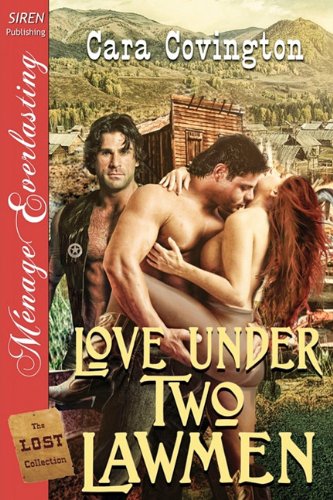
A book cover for Love Under Two Lawmen [The Lost Collection] (Siren Publishing Menage Everlasting); Cara Covington; Romance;